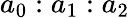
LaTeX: a_{0}:a_{1}:a_{2}